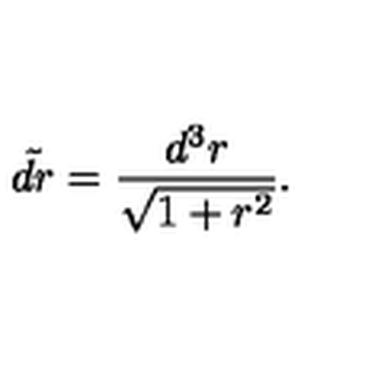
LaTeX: \tilde { d r } = { \frac { d ^ { 3 } r } { \sqrt { 1 + r ^ { 2 } } } } .